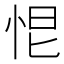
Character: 𢙃